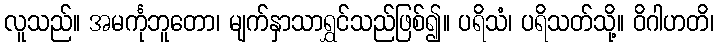
လူသည်။ အမင်္ကုဘူတော၊ မျက်နှာသာရွှင်သည်ဖြစ်၍။ ပရိသံ၊ ပရိသတ်သို့။ ဝိဂါဟတိ၊